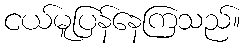
ငယ်မူပြန်နေကြသည်။